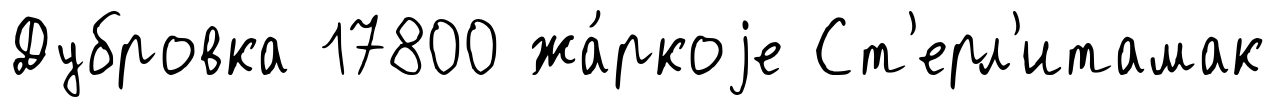
Дубровка 17800 жа́ркоjе Ст'ерл'итамак